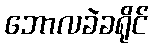
ဘောလခဲခရိုင်